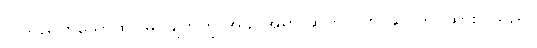
လိုသည်ဟူသောထင်မြင်ချက်ကို အခိုင်အမာ ဆက်လက် ဆုပ်ကိုင်ထားပါသည်။